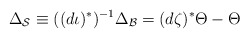
\begin{align*}\Delta_{\mathcal{S}}\equiv((d\iota)^\ast)^{-1}\Delta_{\mathcal{B}}=(d\zeta)^\ast\Theta-\Theta\end{align*}